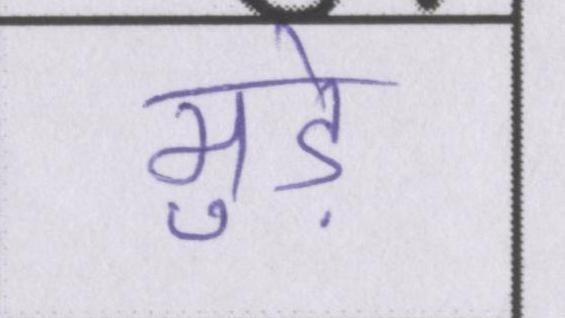
मुड़े